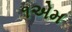
૧એમ